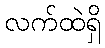
လက်ထဲရှိ